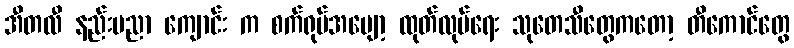
အီတလီ နည်းပညာ ကျောင်း က စက်ရုပ်အပျော့ ထုတ်လုပ်ရေး သုတေသီတွေကတော့ တီကောင်တွေ